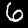
Digit: 6